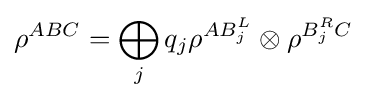
\rho ^{ABC}=\bigoplus _{j}q_{j}\rho ^{AB_{j}^{L}}\otimes \rho ^{B_{j}^{R}C}